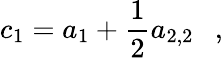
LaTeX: c_{1}=a_{1}+\frac 12a_{2,2}~~~,